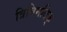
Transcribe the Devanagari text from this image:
त्रिविमदिक्